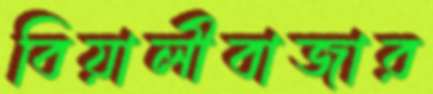
বিয়ালীবাজার